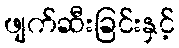
ဖျက်ဆီးခြင်းနှင့်